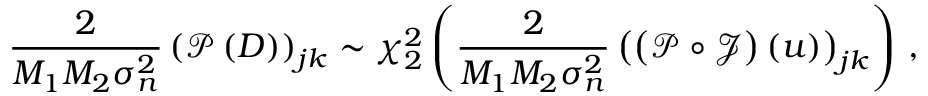
\frac { 2 } { M _ { 1 } M _ { 2 } \sigma _ { n } ^ { 2 } } \left( \boldsymbol { \mathcal { P } } \left( \boldsymbol { D } \right) \right) _ { j k } \sim \chi _ { 2 } ^ { 2 } \left( \frac { 2 } { M _ { 1 } M _ { 2 } \sigma _ { n } ^ { 2 } } \left( \left( \boldsymbol { \mathcal { P } } \circ \boldsymbol { \mathcal { J } } \right) \left( u \right) \right) _ { j k } \right) \, ,